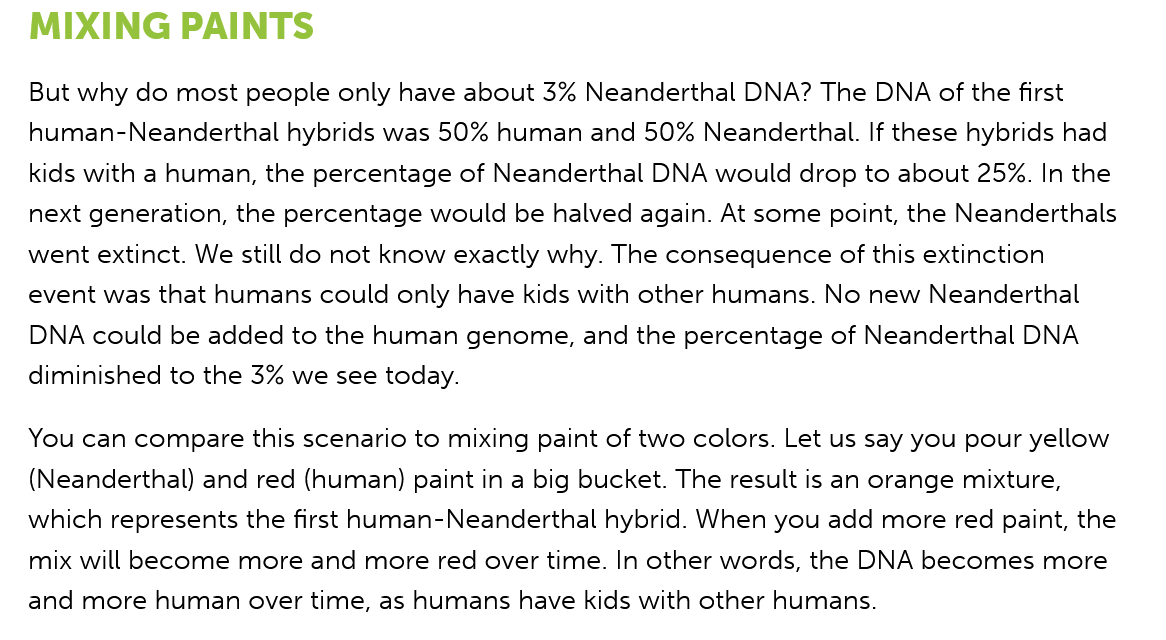
But why do most people only have about 3% Neanderthal DNA? The DNA of the first
   human-Neanderthal hybrids was 50% human and 50% Neanderthal. If these hybrids had
   kids with a human, the percentage of Neanderthal DNA would drop to about 25%. In the
   next generation, the percentage would be halved again. At some point, the Neanderthals
  went extinct. We still do not know exactly why. The consequence of this extinction
  event was that humans could only have kids with other humans. No new Neanderthal
   DNA could be added to the human genome, and the percentage of Neanderthal DNA
  diminished to the 3% we see today.
  You can compare this scenario to mixing paint of two colors. Let us say you pour yellow
   (Neanderthal) and red (human) paint in a big bucket. The result is an orange mixture,
  which represents the first human-Neanderthal hybrid. When you add more red paint, the
   mix will become more and more red over time. In other words, the DNA becomes more
  and more human over time, as humans have kids with other humans.